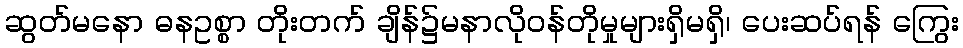
ဆွတ်မနော ဓနဥစ္စာ တိုးတက် ချိန်၌မနာလိုဝန်တိုမှုများရှိမရှိ၊ ပေးဆပ်ရန် ကြွေး